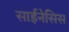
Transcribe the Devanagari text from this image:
साईनेसिस